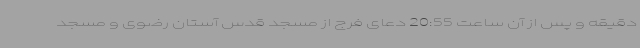
دقیقه و پس از آن ساعت 20:55 دعای فرج از مسجد قدس آستان رضوی و مسجد